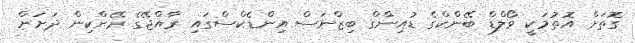
ގޮތަށް އޮތުމަކީ ވޯލްޑް ބޭންކްގެ ޑުއިންގް ބިޒްނަސް އިންޑެކްސްގައި ރާއްޖޭގެ ރޭންކިން ދަށަށް